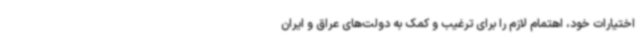
اختیارات خود، اهتمام لازم را برای ترغیب و کمک به دولت‌های عراق و ایران